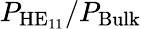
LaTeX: P_{\mathrm{HE}_{11}}/P_{\mathrm{Bulk}}